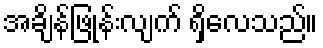
အချိန်ဖြုန်းလျက် ရှိလေသည်။